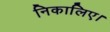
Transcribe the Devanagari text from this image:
निकालिए।